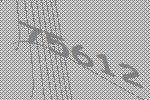
75612